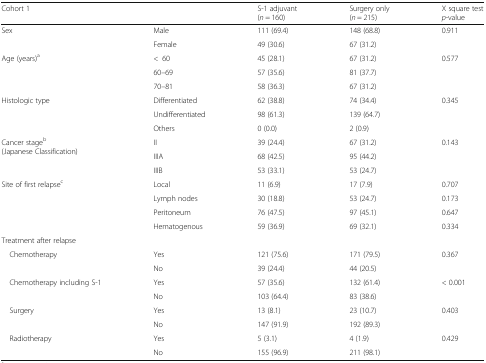
| <COLSPAN=2> Cohort 1 | S-1 adjuvant(n = 160) | Surgery only(n = 215) | Χ square testp-value |
 | --- | --- | --- | --- | --- |
 | <ROWSPAN=2> Sex | Male | 111 (69.4) | 148 (68.8) | <ROWSPAN=2> 0.911 |
 | Female | 49 (30.6) | 67 (31.2) |
 | <ROWSPAN=3> Age (years)a | <60 | 45 (28.1) | 67 (31.2) | <ROWSPAN=3> 0.577 |
 | 60–69 | 57 (35.6) | 81 (37.7) |
 | 70–81 | 58 (36.3) | 67 (31.2) |
 | <ROWSPAN=3> Histologic type | Differentiated | 62 (38.8) | 74 (34.4) | <ROWSPAN=3> 0.345 |
 | Undifferentiated | 98 (61.3) | 139 (64.7) |
 | Others | 0 (0.0) | 2 (0.9) |
 | <ROWSPAN=3> Cancer stageb(Japanese Classification) | II | 39 (24.4) | 67 (31.2) | <ROWSPAN=3> 0.143 |
 | IIIA | 68 (42.5) | 95 (44.2) |
 | IIIB | 53 (33.1) | 53 (24.7) |
 | <ROWSPAN=4> Site of first relapsec | Local | 11 (6.9) | 17 (7.9) | 0.707 |
 | Lymph nodes | 30 (18.8) | 53 (24.7) | 0.173 |
 | Peritoneum | 76 (47.5) | 97 (45.1) | 0.647 |
 | Hematogenous | 59 (36.9) | 69 (32.1) | 0.334 |
 | <COLSPAN=5> Treatment after relapse |
 | <ROWSPAN=2> Chemotherapy | Yes | 121 (75.6) | 171 (79.5) | <ROWSPAN=2> 0.367 |
 | No | 39 (24.4) | 44 (20.5) |
 | <ROWSPAN=2> Chemotherapy including S-1 | Yes | 57 (35.6) | 132 (61.4) | <ROWSPAN=2> < 0.001 |
 | No | 103 (64.4) | 83 (38.6) |
 | <ROWSPAN=2> Surgery | Yes | 13 (8.1) | 23 (10.7) | <ROWSPAN=2> 0.403 |
 | No | 147 (91.9) | 192 (89.3) |
 | <ROWSPAN=2> Radiotherapy | Yes | 5 (3.1) | 4 (1.9) | <ROWSPAN=2> 0.429 |
 | No | 155 (96.9) | 211 (98.1) |